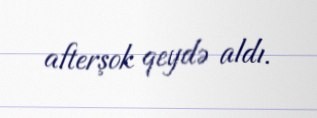
afterşok qeydə aldı.